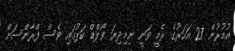
އުމުރުން 27 އަހަރުގެ ރެމީ ވަނީ ނިމިދިޔަ ވޯލްޑް ކަޕުގައި ވެސް ފްރާންސަށް